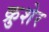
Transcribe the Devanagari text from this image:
क्रुशेर